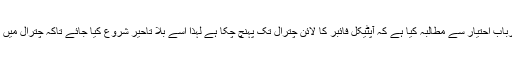
چترال کے عوام نے پی ٹی سی ایل کے ارباب احتیار سے مطالبہ کیا ہے کہ آپٹیکل فائبر کا لائن چترال تک پہنچ چکا ہے لہذا اسے بلا تاحیر شروع کیا جائے تاکہ چترال میں انٹرنیٹ کی کم سپیڈ کا مسئلہ حل ہوسکے۔